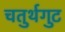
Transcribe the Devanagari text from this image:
चतुर्थगुट